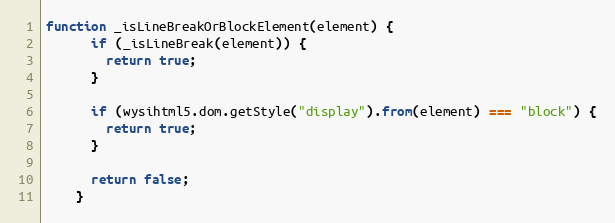
Language: JavaScript
function _isLineBreakOrBlockElement(element) {
      if (_isLineBreak(element)) {
        return true;
      }

      if (wysihtml5.dom.getStyle("display").from(element) === "block") {
        return true;
      }

      return false;
    }